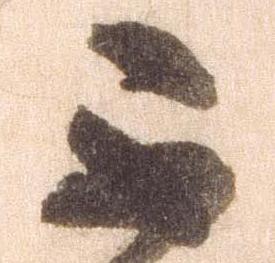
不